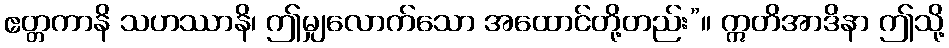
ဧတ္တကာနိ သဟဿာနိ၊ ဤမျှလောက်သော အထောင်တို့တည်း”။ ဣတိအာဒိနာ ဤသို့